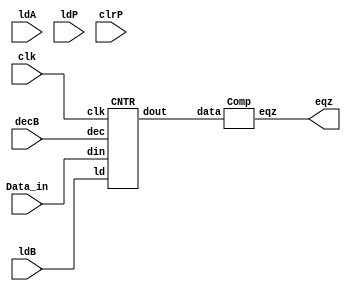

`timescale 1ns / 1ps
module MUL_datapath (eqz, ldA, ldB, ldP, clrP, decB, Data_in, clk);

input ldA, ldB, ldP, clrP, decB, clk;
input [15:0] Data_in;   
output  eqz;
wire [15:0] x, y, z, Bout, Bus;
assign Bus = Data_in;
PiPo_1 A (x, Bus, ldA,clk);
PiPo_2 P (y, z, ldP, clrP, clk);
CNTR B (Bout, Bus, ldB, decB, clk);
Adder AD (z, x, y);
Comp  EQ (eqz, Bout);
endmodule
    
// PiPo for A data path 
`timescale 1ns / 1ps
module PiPo_1 (dout, din, ld, clk);

input [15:0] din;
input ld, clk;
output reg [15:0] dout;
always @(posedge clk)begin  
if (ld) dout <= din; end
endmodule

//PiPo for B data path
`timescale 1ns / 1ps
module PiPo_2 (dout, din, ld, clr, clk);

input [15:0] din;
input ld, clr, clk;
output reg [15:0] dout;
always @(posedge clk)
begin
if (clr) dout <= 16'b0;
else if (ld) dout <= din;
end

endmodule

//Counter for B data path
`timescale 1ns / 1ps
module CNTR (dout, din, ld, dec, clk);

input [15:0] din;   
input ld, dec, clk;
output reg [15:0] dout;
always @(posedge clk) begin
if (ld) dout <= din;
else if (dec) dout <= dout - 1;end

endmodule

//Adder for A and B data path
`timescale 1ns / 1ps
module Adder (dout, din1, din2);

input [15:0] din1, din2;
output reg [15:0] dout;
always @(*)
dout = din1 + din2;

endmodule

//Comparator for B data path
`timescale 1ns / 1ps
module Comp(eqz,data);

input [15:0] data;
output eqz;
assign eqz=(data==0);

endmodule